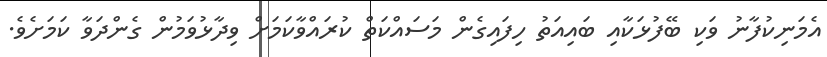
އެމަނިކުފާނު ވަކި ބޭފުޅަކާއި ބައިއަތު ހިފައިގެން މަަސައްކަތް ކުރައްވާކަމަށް ވިދާޅުވަމުން ގެންދަވާ ކަމަށެވެ.